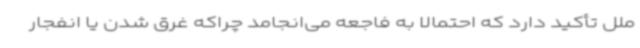
ملل تأکید دارد که احتمالا به فاجعه می‌انجامد چراکه غرق شدن یا انفجار